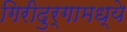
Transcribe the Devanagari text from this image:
गिरीदुर्गामध्ये